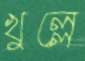
খুল্লে